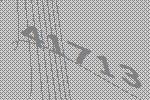
41713